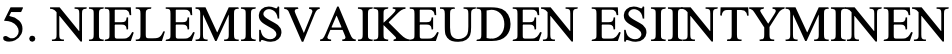
5. NIELEMISVAIKEUDEN ESIINTYMINEN